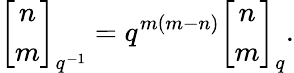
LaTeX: \left[\begin{array}{c}{{n}}\\ {{m}}\end{array}\right]_{q^{-1}}=q^{m(m-n)}\left[\begin{array}{c}{{n}}\\ {{m}}\end{array}\right]_{q}.